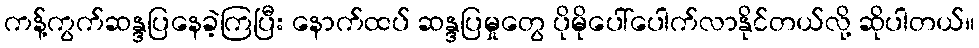
ကန့်ကွက်ဆန္ဒပြနေခဲ့ကြပြီး နောက်ထပ် ဆန္ဒပြမှုတွေ ပိုမိုပေါ်ပေါက်လာနိုင်တယ်လို့ ဆိုပါတယ်။